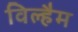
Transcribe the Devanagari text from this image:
विल्हैम